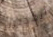
أنقذني